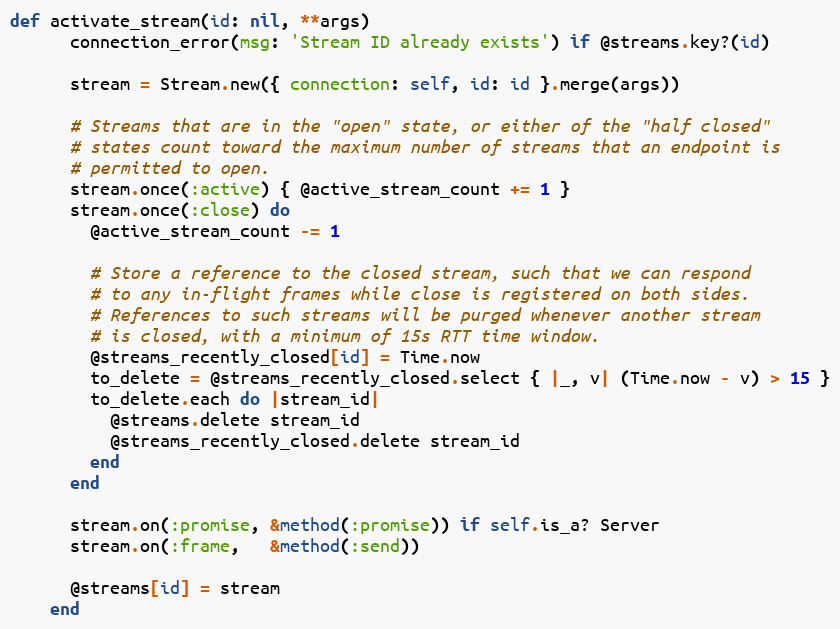
Language: Ruby
def activate_stream(id: nil, **args)
      connection_error(msg: 'Stream ID already exists') if @streams.key?(id)

      stream = Stream.new({ connection: self, id: id }.merge(args))

      # Streams that are in the "open" state, or either of the "half closed"
      # states count toward the maximum number of streams that an endpoint is
      # permitted to open.
      stream.once(:active) { @active_stream_count += 1 }
      stream.once(:close) do
        @active_stream_count -= 1

        # Store a reference to the closed stream, such that we can respond
        # to any in-flight frames while close is registered on both sides.
        # References to such streams will be purged whenever another stream
        # is closed, with a minimum of 15s RTT time window.
        @streams_recently_closed[id] = Time.now
        to_delete = @streams_recently_closed.select { |_, v| (Time.now - v) > 15 }
        to_delete.each do |stream_id|
          @streams.delete stream_id
          @streams_recently_closed.delete stream_id
        end
      end

      stream.on(:promise, &method(:promise)) if self.is_a? Server
      stream.on(:frame,   &method(:send))

      @streams[id] = stream
    end